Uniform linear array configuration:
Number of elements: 64
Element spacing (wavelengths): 1
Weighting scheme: binomial
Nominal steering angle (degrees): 60
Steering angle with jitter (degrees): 59.914
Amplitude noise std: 0.05
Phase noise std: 0.05

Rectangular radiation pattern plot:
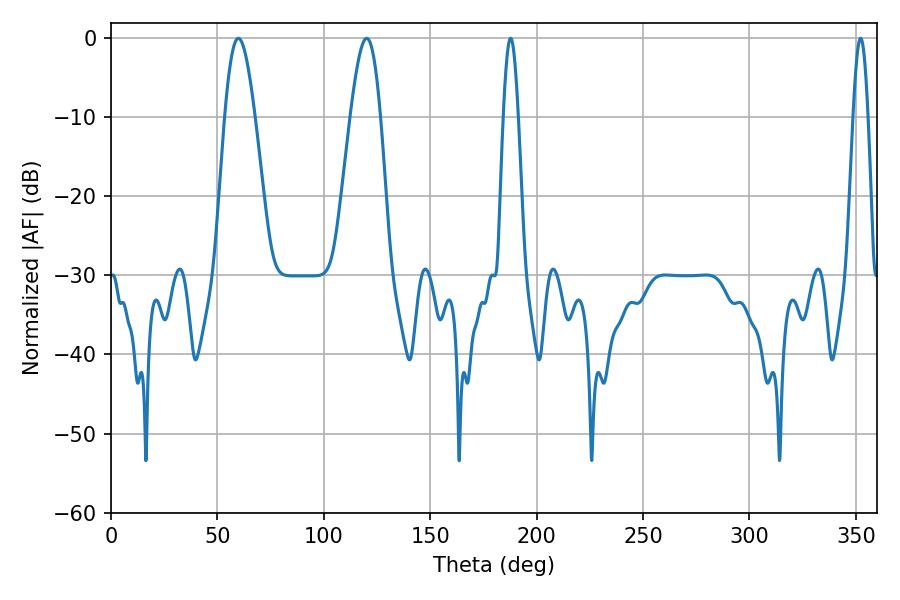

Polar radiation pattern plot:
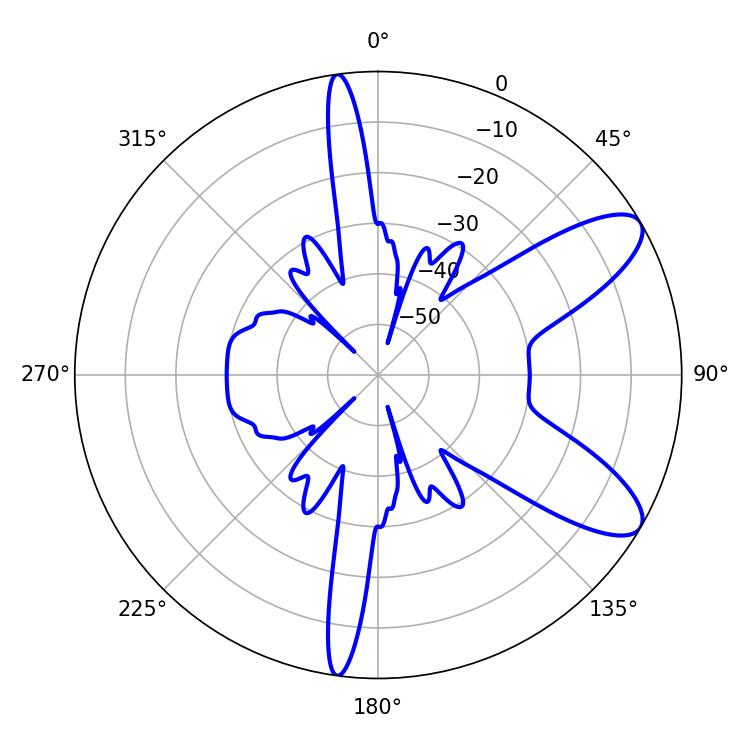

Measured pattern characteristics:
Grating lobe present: TRUE
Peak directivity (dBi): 9.34
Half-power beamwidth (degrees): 3.78
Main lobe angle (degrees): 187.74